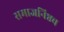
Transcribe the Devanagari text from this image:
समाजनिष्ठच